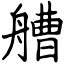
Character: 艚